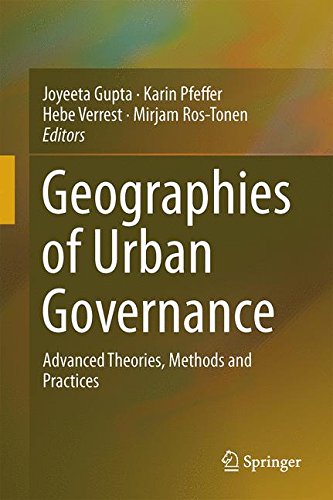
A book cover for Geographies of Urban Governance: Advanced Theories, Methods and Practices; Law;